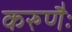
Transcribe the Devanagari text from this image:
करुणैः